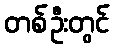
တစ်ဦးတွင်